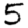
Digit: 5